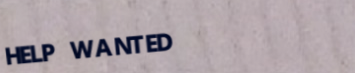
HELP WANTED